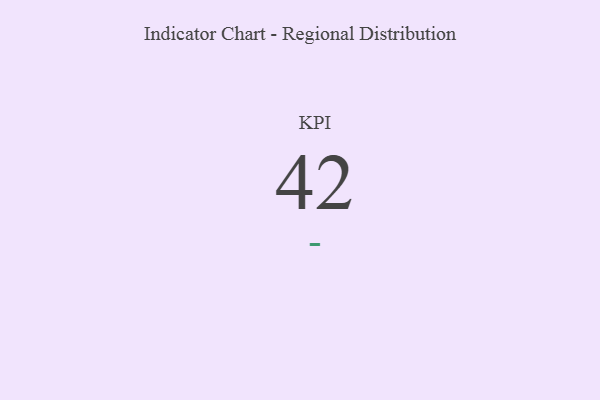
{"axis": {"x": "KPI", "y": "Value"}, "legend": [""], "data": [{"x": "KPI", "y": 42, "type": ""}]}